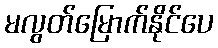
မလွတ်မြောက်နိုင်ပေ